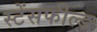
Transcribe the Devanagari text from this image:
स्टेंसफील्ड